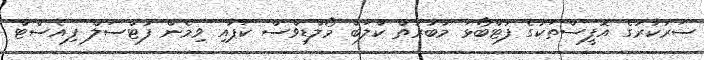
ސަރުކާރުގެ އޮފީސްތަކުގެ ފުޓްބޯޅަ މުބާރާތް ކްލަބް މޯލްޑިވްސް ކަޕާއި ވިމެން ފުޓްސަލް ފިއެސްޓް